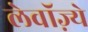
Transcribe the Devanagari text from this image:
लेवॉज़्ये